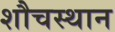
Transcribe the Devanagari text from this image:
शौचस्थान